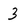
Character: 3